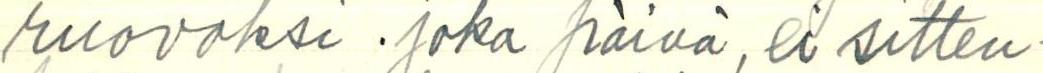
ruovoksi .joka päivä, ei sitten-